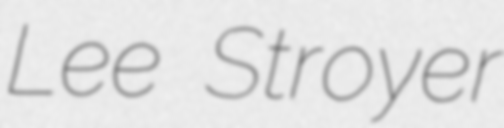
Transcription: Lee Stroyer